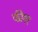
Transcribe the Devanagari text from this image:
फीगर